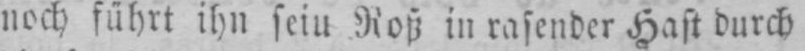
noch führt ihn seiu Roß in rasender Hast durch